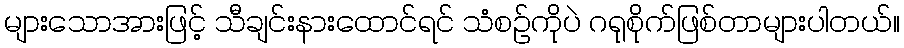
များသောအားဖြင့် သီချင်းနားထောင်ရင် သံစဉ်ကိုပဲ ဂရုစိုက်ဖြစ်တာများပါတယ်။